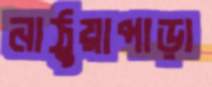
নাঠুয়াপাড়া